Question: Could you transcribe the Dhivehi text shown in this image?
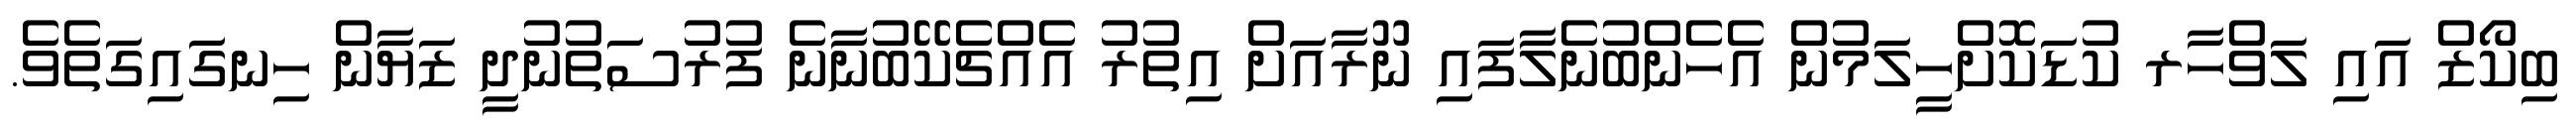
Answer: ބިކޯޒް އައި ލަވްހާރ ކުޑަކޮށްހީލަމުން އެހެންބުނެލާފައި ނޫރާއަށް އިތުރު އެއްޗެކޭބުނާނެ ފުރުސަތުނުދީ ޒަޔާން ހިނގައިގަތެވެ.